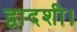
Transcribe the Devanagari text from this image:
द्वादशी।